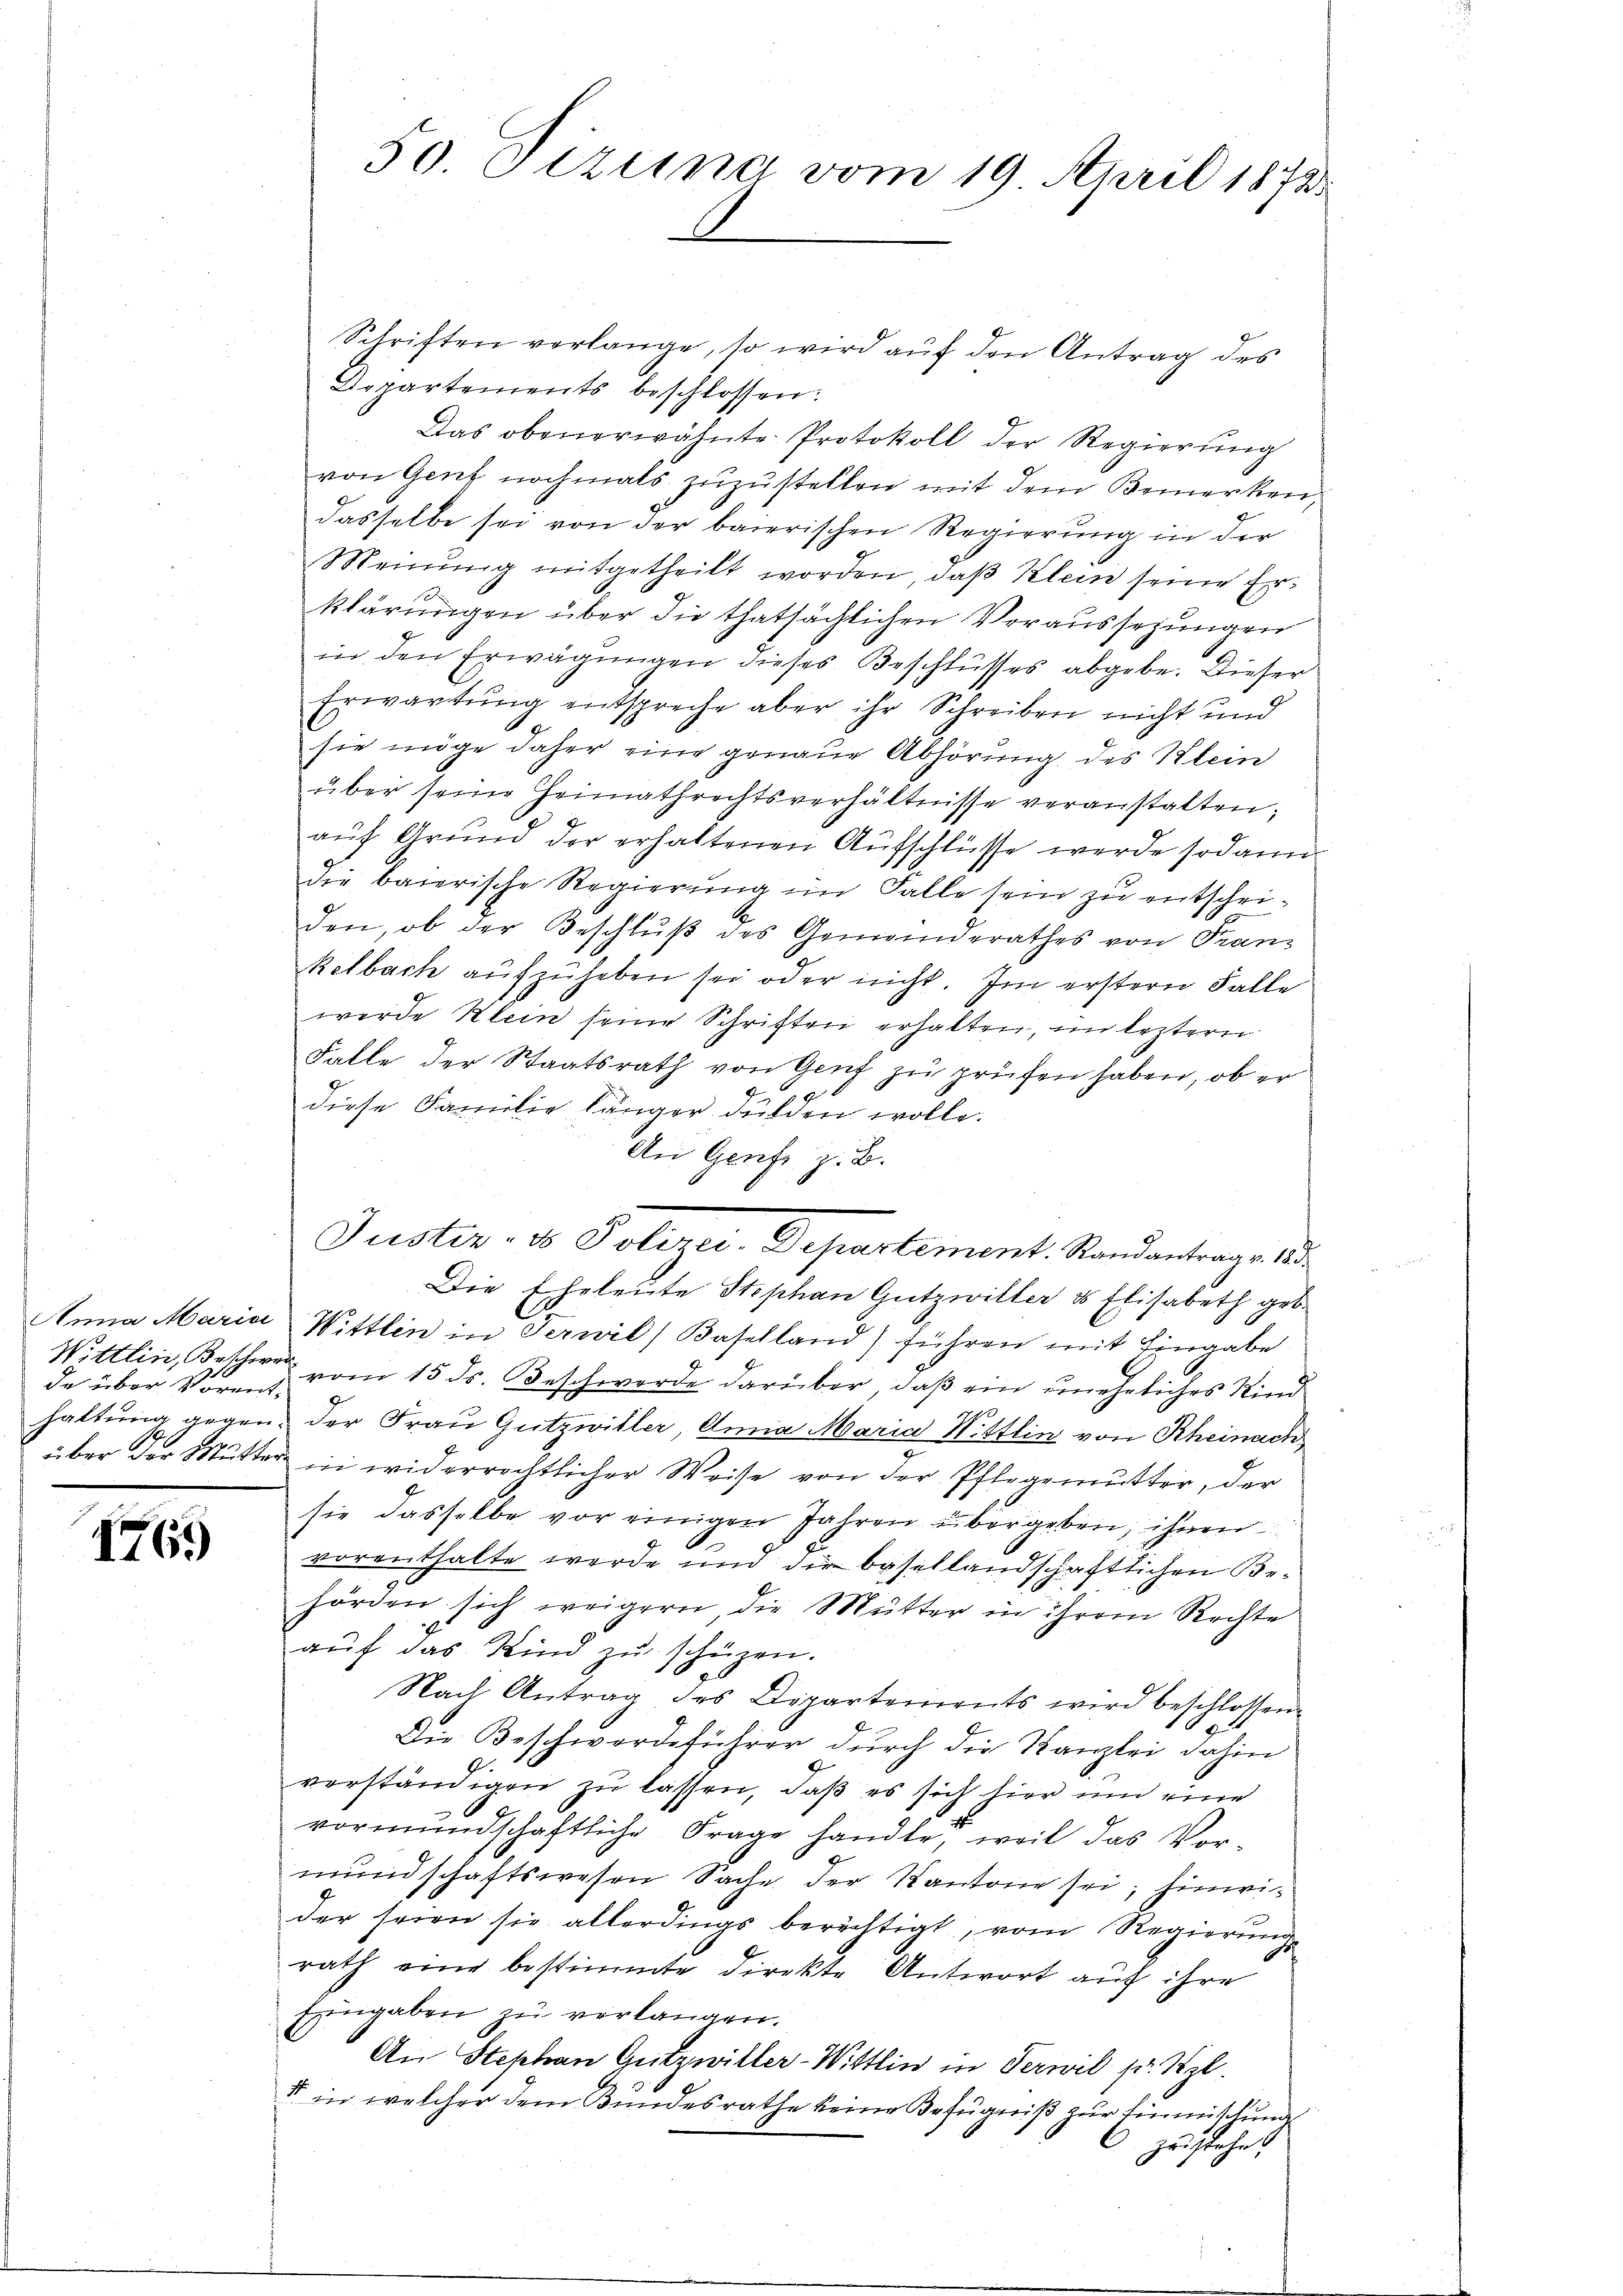
Wittlin, Beschwer
de über Vorant-

176)

50. Pizuna vom 19. April 1873.

Schriften verlange, so wird auf den Antrag des
Departements beschlossen:
Das obenerwähnte Protokoll der Regierŭng
von Genf nochmals zuzustellen mit dem Bemerken,
dasselbe sei von der baierischen Regierung in der
Meinung mitgetheilt worden, daß Klein seine Erklärungen über die thatsächlichen Veraussezungen
in den Erwägungen dieses Beschlusses abgebe. Dieser
Erwartung entspreche aber ihr Schreiben nicht und
sie möge daher eine genaue Abhörung des Klein
über seine Heimathrechtsverhältnisse veranstalten;
aŭf Grŭnd der erhaltenen Aufschlüsse werde sodann
die baierische Regierung im Falle sein zu entscheiden, ob der Beschluß des Gemeinderathes von Franketbach aŭfzŭheben sei oder nicht. Im erstern Falle
werde Klein seine Schriften erhalten, im leztern
Falle der Staatsrath von Genf zu prüfen haben, ob er
diese Familie länger dulden wolle.
An Genf z. B.
Die Eheleute Stephan Gutzwiller & Elisabeth ges
Anna Maria Wittlin in Terwil) Baselland) führen mit Eingabe
vom 15. ds. Beschwerde darüber, daß ein uneheliches Kind
haltung gegen der Frau Gutzwiller, Anna Maria Wittlin von Rheinach
über der Mutter in widerrechtlicher Weise von der Pflegemutter, der
sie dasselbe vor einigen Jahren übergeben, ihnen
vorenthalte werde und die besellandschaftlichen Be-
hörden sich weigern, die Mutter in ihrem Rechte
auf das Kind zu schüzen.
Nach Antrag des Departements wird beschlossen.
Die Beschwerdeführer durch die Kanzlei dahin
verständigen zu lassen, daß es sich hier und eine
vormundschaftliche Frage handle, weil das Vor-
mundschaftswesen Sache der Kantone sei; hinwider seien sie allerdings berechtigt, vom Regierung
rath eine bestimmte direkte Antwort auf ihre
Eingaben zu verlangen.
An Stephan Gutzwiller-Wittlin in Verwil pr. Szl.
II in welcher dem Bundesrathe keine Befugniß zur Einmischung
zustehe.

Justiz- & Polizei-Departement. Standantrage 1